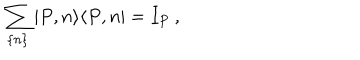
\sum _ { \{ n \} } | P , n \rangle \langle P , n | = I _ { P } \: ,